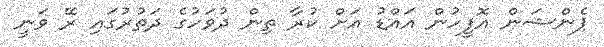
ޕެންޝަން އޮފީހުން އައްޑު އަށް ކުރާ ތިން ދުވަހުގެ ދަތުރުގައި ރޭ ވަނީ